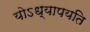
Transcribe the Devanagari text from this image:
योऽध्यापयति